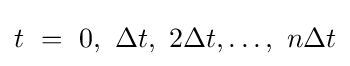
t\ =\ 0,\ \Delta t,\ 2\Delta t,\ldots ,\ n\Delta t